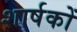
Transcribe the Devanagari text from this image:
शार्षकों